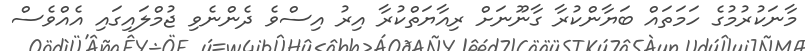
މާނަކުރުމުގެ ހަމަތައް ބަޔާންކުރާ ގާނޫނަށް ރިއާޔަތްކުރާ އިރު އިސްވެ ދެންނެވި ޖުމްލައިގައި އެއްވެސް